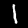
Label: 1